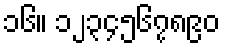
၁၆။ ၁၂၃၄၅၆၇၈၉၀